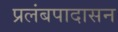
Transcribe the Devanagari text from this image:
प्रलंबपादासन